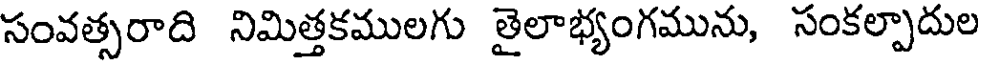
సంవత్సరాది నిమిత్తకములగు తైలాభ్యంగమును, సంకల్పాదుల